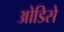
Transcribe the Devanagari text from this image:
ओडिसे